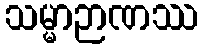
သမ္မာဉာဏဿ